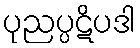
ပုညပ္ပဋိပဒါ